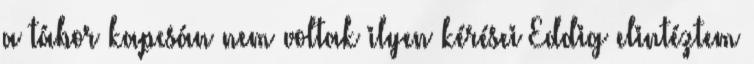
a tábor kapcsán nem voltak ilyen kérései Eddig elintéztem